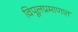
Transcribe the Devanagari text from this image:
विपूलप्रमाणात